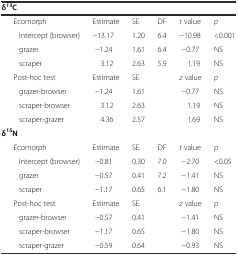
<table><thead><tr><td><b>δ<sup>13</sup>C</b></td><td></td><td></td><td></td><td></td><td></td></tr></thead><tbody><tr><td>Ecomorph</td><td>Estimate</td><td>SE</td><td>DF</td><td><i>t</i> value</td><td><i>p</i></td></tr><tr><td>Intercept (browser)</td><td>−13.17</td><td>1.20</td><td>6.4</td><td>−10.98</td><td>&lt;0.001</td></tr><tr><td>grazer</td><td> −1.24</td><td>1.61</td><td>6.4</td><td> −0.77</td><td>NS</td></tr><tr><td>scraper</td><td> 3.12</td><td>2.63</td><td>5.9</td><td> 1.19</td><td>NS</td></tr><tr><td>Post-hoc test</td><td>Estimate</td><td>SE</td><td></td><td><i>z</i> value</td><td><i>p</i></td></tr><tr><td>grazer-browser</td><td> −1.24</td><td>1.61</td><td></td><td> −0.77</td><td>NS</td></tr><tr><td>scraper-browser</td><td> 3.12</td><td>2.63</td><td></td><td> 1.19</td><td>NS</td></tr><tr><td>scraper-grazer</td><td> 4.36</td><td>2.57</td><td></td><td> 1.69</td><td>NS</td></tr><tr><td><b>δ</b><sup><b>15</b></sup><b>N</b></td><td></td><td></td><td></td><td></td><td></td></tr><tr><td>Ecomorph</td><td>Estimate</td><td>SE</td><td>DF</td><td><i>t</i> value</td><td><i>p</i></td></tr><tr><td>Intercept (browser)</td><td> −0.81</td><td>0.30</td><td>7.0</td><td> −2.70</td><td>&lt;0.05</td></tr><tr><td>grazer</td><td> −0.57</td><td>0.41</td><td>7.2</td><td> −1.41</td><td>NS</td></tr><tr><td>scraper</td><td> −1.17</td><td>0.65</td><td>6.1</td><td> −1.80</td><td>NS</td></tr><tr><td>Post-hoc test</td><td>Estimate</td><td>SE</td><td></td><td><i>z</i> value</td><td><i>p</i></td></tr><tr><td>grazer-browser</td><td> −0.57</td><td>0.41</td><td></td><td> −1.41</td><td>NS</td></tr><tr><td>scraper-browser</td><td> −1.17</td><td>0.65</td><td></td><td> −1.80</td><td>NS</td></tr><tr><td>scraper-grazer</td><td> −0.59</td><td>0.64</td><td></td><td> −0.93</td><td>NS</td></tr></tbody></table>